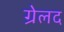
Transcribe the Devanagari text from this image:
ग्रेलद